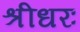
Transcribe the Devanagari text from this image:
श्रीधरः